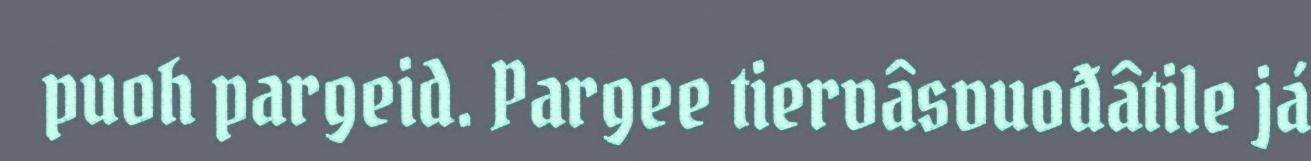
puoh pargeid. Pargee tiervâsvuođâtile já